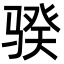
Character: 骙